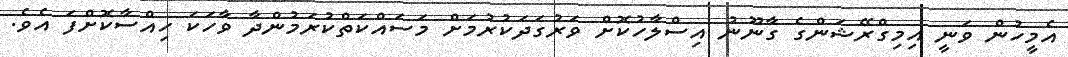
އެމީހުން ވަނީ އިމިގްރޭޝަންގެ ގާނޫނު އިސްލާހުކޮށް ވަރުގަދަކުރުމަށް މަސައްކަތްކުރަމުންދާ ވާހަކަ ހިއްސާކޮށްފަ އެވެ.